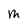
Character: M